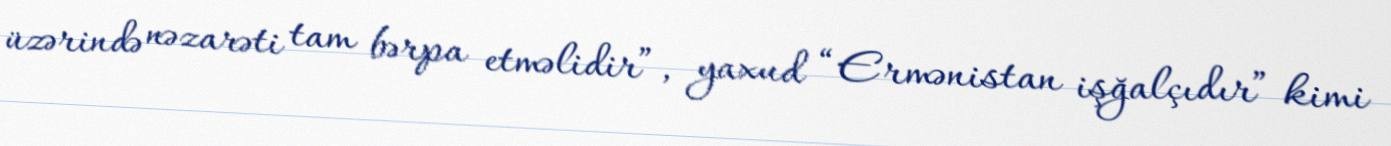
üzərində nəzarəti tam bərpa etməlidir”, yaxud “Ermənistan işğalçıdır” kimi